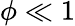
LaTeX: \phi\ll 1